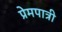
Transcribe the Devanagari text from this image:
प्रेमपात्री